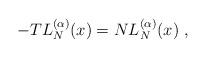
LaTeX: \begin{align*}-TL^{(\alpha)}_{N}(x) = NL^{(\alpha)}_{N}(x)\ , \end{align*}